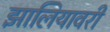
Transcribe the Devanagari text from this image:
झालियावरी